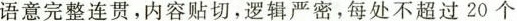
语意完整连贯，内容贴切，逻辑严密，每处不超过20个